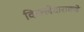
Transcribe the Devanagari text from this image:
किल्लेदाराकडे